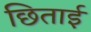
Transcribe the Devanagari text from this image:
छिताई